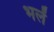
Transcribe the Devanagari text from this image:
भलें